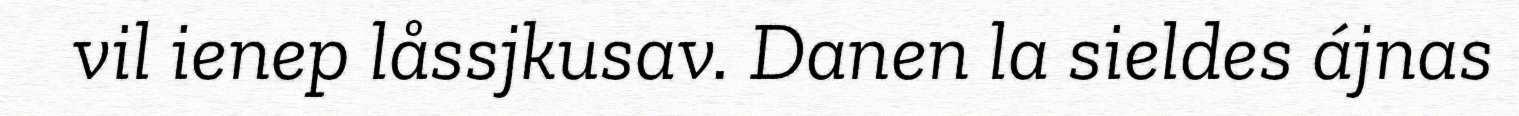
vil ienep låssjkusav. Danen la sieldes ájnas